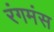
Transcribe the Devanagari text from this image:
रंगमंस